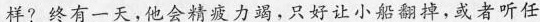
样?终有一天,他会精疲力竭，只好让小船翻掉,或者听任